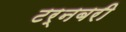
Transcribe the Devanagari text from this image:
टर्नबरी